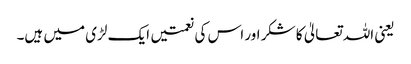
یعنی اللہ تعالیٰ کا شکر اور اس کی نعمتیں ایک لڑی میں ہیں۔